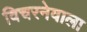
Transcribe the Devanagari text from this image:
विचरनेवाला